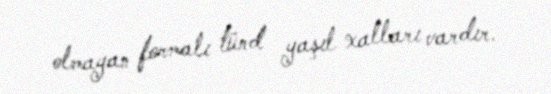
olmayan formalı tünd yaşıl xalları vardır.